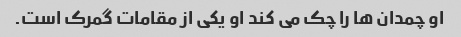
او چمدان ها را چک می کند او یکی از مقامات گمرک است.